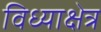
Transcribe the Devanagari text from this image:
विध्याक्षेत्र